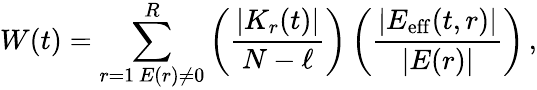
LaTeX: W(t)=\sum_{\substack{r=1\, E(r)\neq 0}}^{R}\left(\frac{|K_{r}(t)|}{N-\ell}\right)\left(\frac{|E_{\mathrm{eff}}(t,r)|}{|E(r)|}\right)\, ,